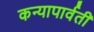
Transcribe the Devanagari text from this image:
कन्यापार्वती